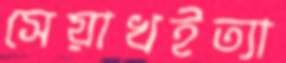
সেয়াখইত্যা